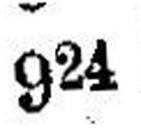
924